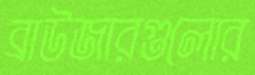
ব্রাউজারগুলোর